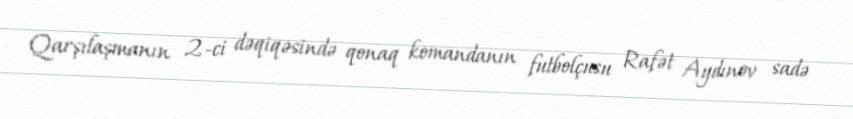
Qarşılaşmanın 2-ci dəqiqəsində qonaq komandanın futbolçusu Rafət Aydınov sadə